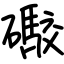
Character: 礮